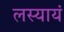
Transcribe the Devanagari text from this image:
लस्यायं